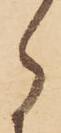
ら